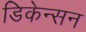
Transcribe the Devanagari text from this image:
डिकेन्सन